Vaccine operations Central Provinces 1868-1885 - 1868-1885
Year: 1868
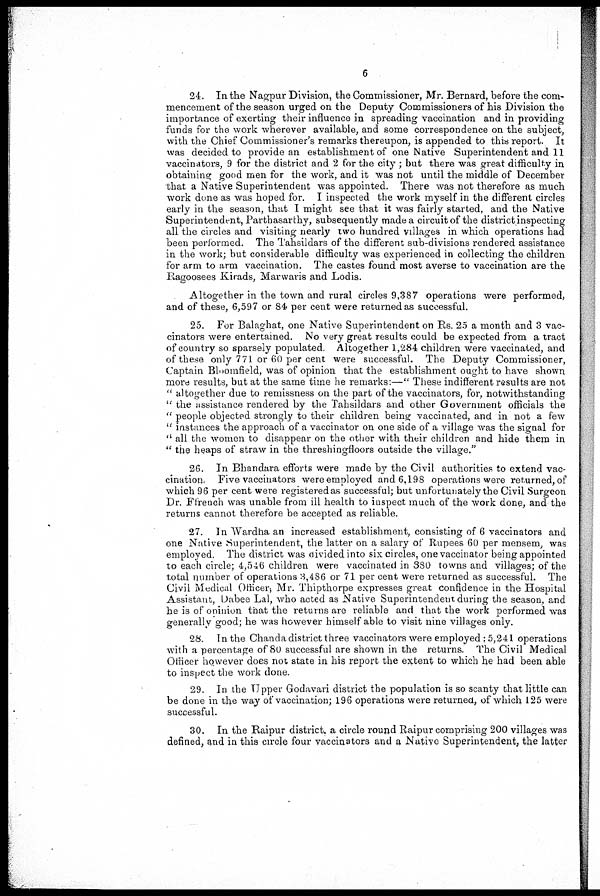
6
24. In the Nagpur Division, the Commissioner, Mr. Bernard, before the com-
mencement of the season urged on the Deputy Commissioners of his Division the
importance of exerting their influence in spreading vaccination and in providing
funds for the work wherever available, and some correspondence on the subject,
with the Chief Commissioner's remarks thereupon, is appended to this report. It
was decided to provide an establishment of one Native Superintendent and 11
vaccinators, 9 for the district and 2 for the city; but there was great difficulty in
obtaining good men for the work, and it was not until the middle of December
that a Native Superintendent was appointed. There was not therefore as much
work done as was hoped for. I inspected the work myself in the different circles
early in the season, that I might see that it was fairly started, and the Native
Superintendent, Parthasarthy, subsequently made a circuit of the district inspecting
all the circles and visiting nearly two hundred villages in which operations had
been performed. The Tahsildars of the different sub-divisions rendered assistance
in the work; but considerable difficulty was experienced in collecting the children
for arm to arm vaccination. The castes found most averse to vaccination are the
Ragoosees Kirads, Marwaris and Lodis.
Altogether in the town and rural circles 9,387 operations were performed,
and of these, 6,597 or 84 per cent were returned as successful.
25. For Balaghat, one Native Superintendent on Rs. 25 a month and 3 vac-
cinators were entertained. No very great results could be expected from a tract
of country so sparsely populated. Altogether 1,284 children were vaccinated, and
of these only 771 or 60 per cent were successful. The Deputy Commissioner,
Captain Bloomfield, was of opinion that the establishment ought to have shown
more results, but at the same time he remarks:—" These indifferent results are not
" altogether due to remissness on the part of the vaccinators, for, notwithstanding
" the assistance rendered by the Tahsildars and other Government officials the
" people objected strongly to their children being vaccinated, and in not a few
" instances the approach of a vaccinator on one side of a village was the signal for
" all the women to disappear on the other with their children and hide them in
" the heaps of straw in the threshingfloors outside the village."
26. In Bhandara efforts were made by the Civil authorities to extend vac-
cination, Five vaccinators were employed and 6,198 operations were returned, of
which 96 per cent were registered as successful; but unfortunately the Civil Surgeon
Dr. Ffrench was unable from ill health to inspect much of the work done, and the
returns cannot therefore be accepted as reliable.
27. In Wardha an increased establishment, consisting of 6 vaccinators and
one Native Superintendent, the latter on a salary of Rupees 60 per mensem, was
employed. The district was divided into six circles, one vaccinator being appointed
to each circle; 4,546 children were vaccinated in 380 towns and villages; of the
total number of operations 3,486 or 71 per cent were returned as successful. The
Civil Medical Officer, Mr. Thipthorpe expresses great confidence in the Hospital
Assistant, Dabee Lal, who acted as Native Superintendent during the season, and
he is of opinion that the returns are reliable and that the work performed was
generally good; he was however himself able to visit nine villages only.
28. In the Chanda district three vaccinators were employed; 5,241 operations
with a percentage of 80 successful are shown in the returns. The Civil Medical
Officer however does not state in his report the extent to which he had been able
to inspect the work done.
29. In the Upper Godavari district the population is so scanty that little can
be done in the way of vaccination; 196 operations were returned, of which 125 were
successful.
30. In the Raipur district. a circle round Raipur comprising 200 villages was
defined, and in this circle four vaccinators and a Native Superintendent, the latter